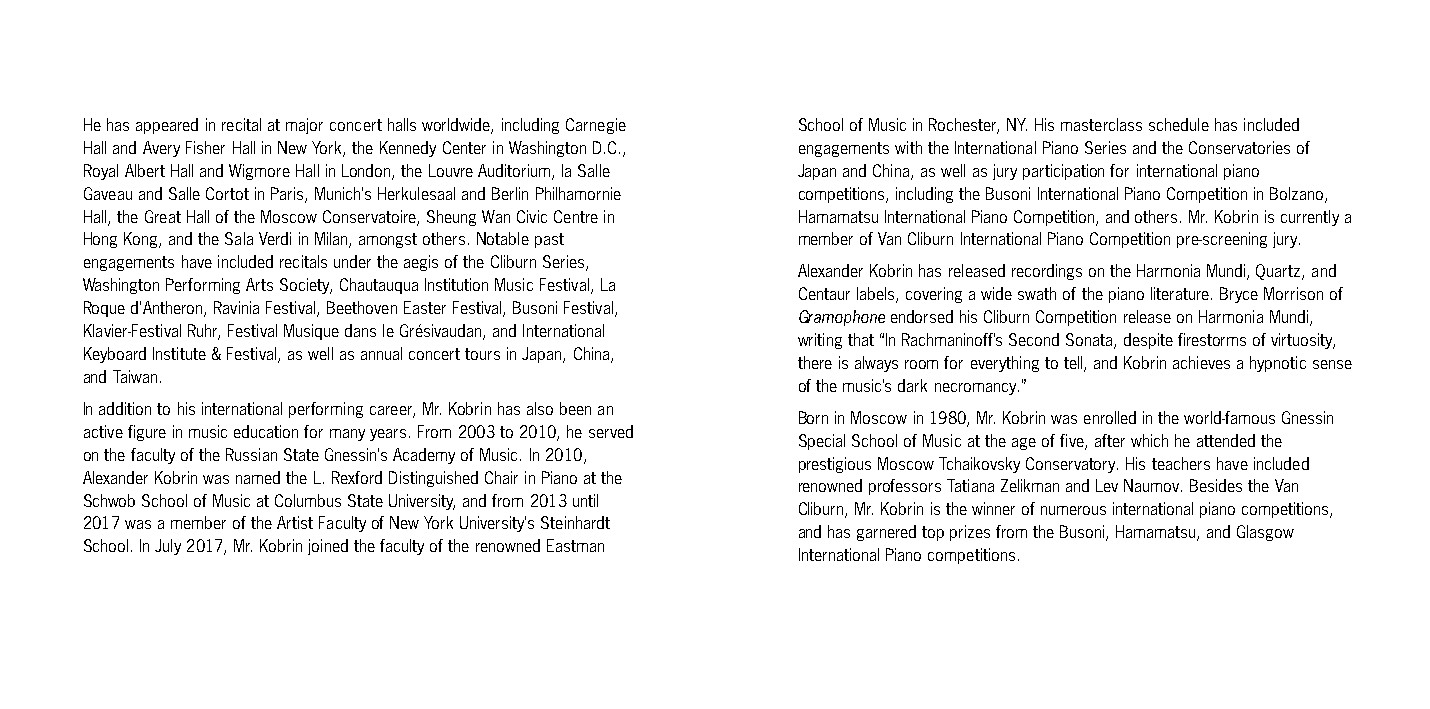
He has appeared in recital at major concert halls worldwide, including Carnegie School of Music in Rochester, NY. His masterclass schedule has included
 Hall and Avery Fisher Hall in New York, the Kennedy Center in Washington D.C., engagements with the International Piano Series and the Conservatories of
 Royal Albert Hall and Wigmore Hall in London, the Louvre Auditorium, la Salle Japan and China, as well as jury participation for international piano
 Gaveau and Salle Cortot in Paris, Munich’s Herkulesaal and Berlin Philhamornie competitions, including the Busoni International Piano Competition in Bolzano,
 Hall, the Great Hall of the Moscow Conservatoire, Sheung Wan Civic Centre in Hamamatsu International Piano Competition, and others. Mr. Kobrin is currently a
 Hong Kong, and the Sala Verdi in Milan, amongst others. Notable past member of Van Cliburn International Piano Competition pre-screening jury.
 engagements have included recitals under the aegis of the Cliburn Series,
 Alexander Kobrin has released recordings on the Harmonia Mundi, Quartz, and
 Washington Performing Arts Society, Chautauqua Institution Music Festival, La
 Centaur labels, covering a wide swath of the piano literature. Bryce Morrison of
 Roque d'Antheron, Ravinia Festival, Beethoven Easter Festival, Busoni Festival,
 Gramophone endorsed his Cliburn Competition release on Harmonia Mundi,
 Klavier-Festival Ruhr, Festival Musique dans le Grésivaudan, and International
 writing that “In Rachmaninoff’s Second Sonata, despite firestorms of virtuosity,
 Keyboard Institute & Festival, as well as annual concert tours in Japan, China,
 there is always room for everything to tell, and Kobrin achieves a hypnotic sense
 and Taiwan.
 of the music’s dark necromancy.”
 In addition to his international performing career, Mr. Kobrin has also been an
 Born in Moscow in 1980, Mr. Kobrin was enrolled in the world-famous Gnessin
 active figure in music education for many years. From 2003 to 2010, he served
 Special School of Music at the age of five, after which he attended the
 on the faculty of the Russian State Gnessin’s Academy of Music. In 2010,
 prestigious Moscow Tchaikovsky Conservatory. His teachers have included
 Alexander Kobrin was named the L. Rexford Distinguished Chair in Piano at the
 renowned professors Tatiana Zelikman and Lev Naumov. Besides the Van
 Schwob School of Music at Columbus State University, and from 2013 until
 Cliburn, Mr. Kobrin is the winner of numerous international piano competitions,
 2017 was a member of the Artist Faculty of New York University’s Steinhardt
 and has garnered top prizes from the Busoni, Hamamatsu, and Glasgow
 School. In July 2017, Mr. Kobrin joined the faculty of the renowned Eastman
 International Piano competitions.